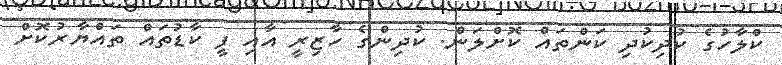
ކްލާހުގެ ކުދިކުދި ކަންތައް ކޮށްލަން. ކުދިންގެ ހާޒިރީ އާއި ފީ ކާޑުތައް ތައްޔާރުކޮށް